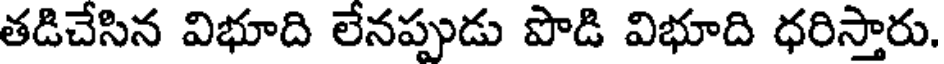
తడిచేసిన విభూది లేనప్పుడు పొడి విభూది ధరిస్తారు.